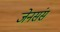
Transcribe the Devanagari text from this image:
जेनसंस